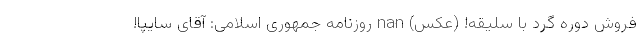
فروش دوره گرد با سلیقه! (عکس) nan روزنامه جمهوری اسلامی: آقای سایپا!